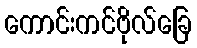
ကောင်းကင်ဗိုလ်ခြေ